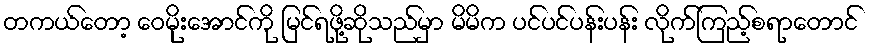
တကယ်တော့ ဝေမိုးအောင်ကို မြင်ရဖို့ဆိုသည်မှာ မိမိက ပင်ပင်ပန်းပန်း လိုက်ကြည့်စရာတောင်